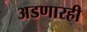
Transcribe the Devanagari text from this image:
अडणारही